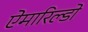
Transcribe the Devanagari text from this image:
ऐमारिल्डो